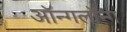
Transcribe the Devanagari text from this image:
ऑन्गलॉन्ग